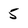
Character: 5